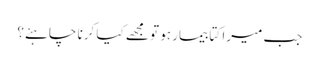
جب میرا کتا بیمار ہو تو مجھے کیا کرنا چاہئے؟